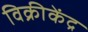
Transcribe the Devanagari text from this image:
विक्रीकेंद्र